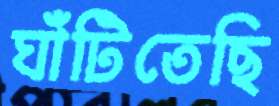
ঘাঁটিতেছি